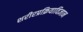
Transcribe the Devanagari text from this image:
शरीरप्रक्रियाविज्ञान